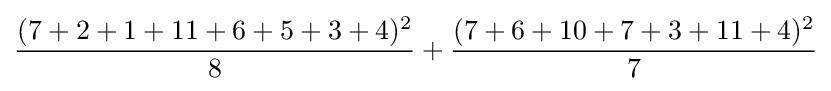
{\frac {(7+2+1+11+6+5+3+4)^{2}}{8}}+{\frac {(7+6+10+7+3+11+4)^{2}}{7}}